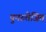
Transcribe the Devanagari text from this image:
पुनरुत्तेजित